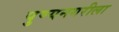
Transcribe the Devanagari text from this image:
पुण्यनगरीला